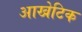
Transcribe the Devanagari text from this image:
आखेटिक